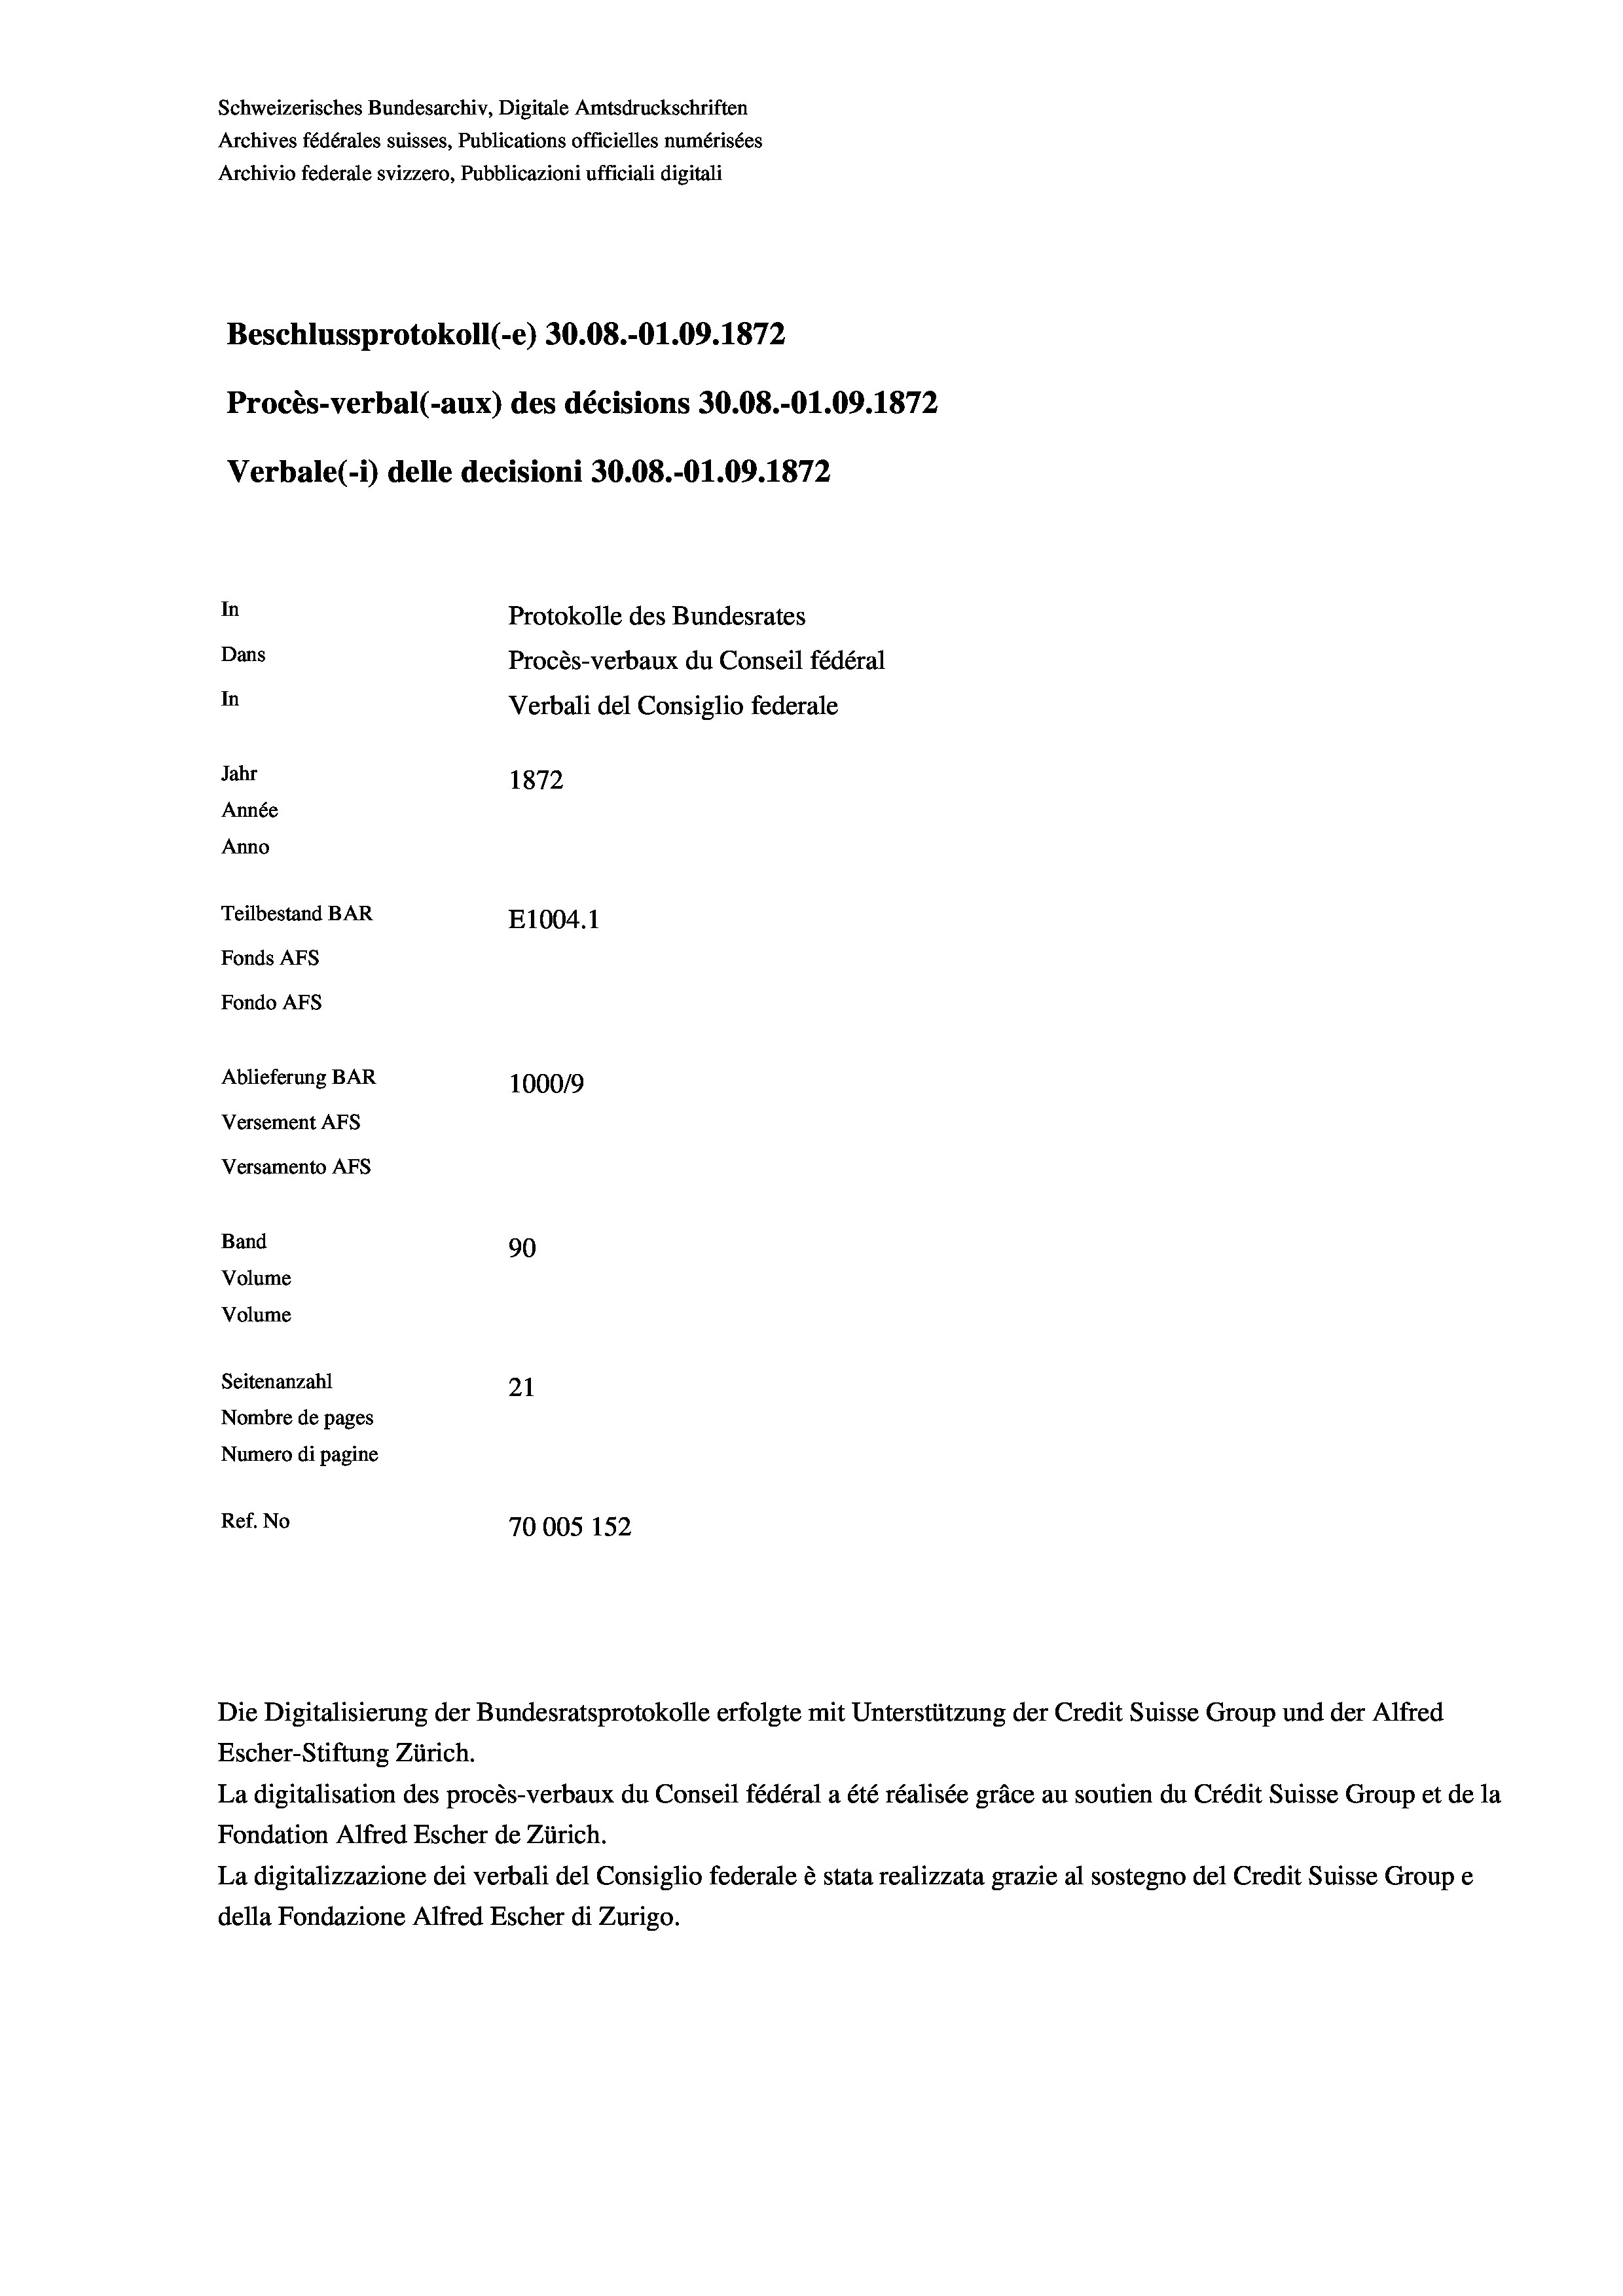
Schweizerisches Bundesarchiv, Digitale Amtsdruckschriften
Archives fédérales suisses, Publications officielles numérisées
Archivio federale svizzero, Pubblicazioni ufficiali digitali
Beschlussprotokoll (e) 30.08.-O1.09. 1872
Procès-verbal (-aux) des décisions 30.08.-O1.09. 1872
Verbale (- 1) delle decisioni 30.08.-O1.09. 1872
In
Protokolle des Bundesrates
Dans
Procès-verbaux du Conseil fédéral
In
Verbali del Consiglio federale
Jahr
1872
Année
Anno
Teilbestand BAR
E1004. 1
Fonds AFs
Fondo Afs
Ablieferung BAR
100019
Versement AFs
Versamento AFs
Band
90
Volume
Volume
Seitenanzahl
21
Nombre de pages
Numero di pagine
Ref. No
70005 152

Escher-Stiftung Zürich.
La digitalisation des procès-verbaux du Conseil fédéral a été réalisée gräce au soutien du Crédit Suisse Group et de la
Fondation Alfred Escher de Zürich.
La digitalizzazione dei verbali del Consiglio federale è stata realizzata grazie al sostegno del Credit Suisse Groupe
della Fondazione Alfred Escher di Zurigo.

Die Digitalisierung der Bundesratsprotokolle erfolgte mit Unterstützung der Credit Suisse Group und der Alfred